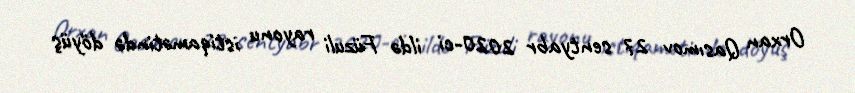
Orxan Qasımov 27 sentyabr 2020-ci ildə Füzuli rayonu istiqamətində döyüş